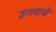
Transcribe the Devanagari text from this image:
उगवावे